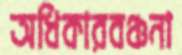
অধিকারবঞ্চনা